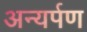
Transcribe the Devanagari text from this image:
अन्यर्पण